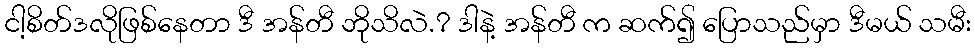
ငါ့စိတ်ဒလိုဖြစ်နေတာ ဒီ အန်တီ ဘိုသိလဲ.? ဒါနဲ့ အန်တီ က ဆက်၍ ပြောသည်မှာ ဒီမယ် သမီး